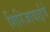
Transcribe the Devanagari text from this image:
गिरिजाबाईंचे